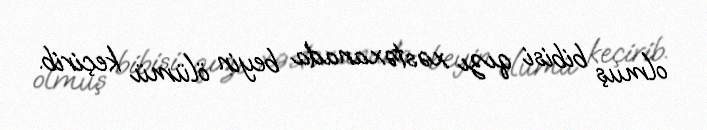
olmuş bibisi qızı xəstəxanada beyin ölümü keçirib.